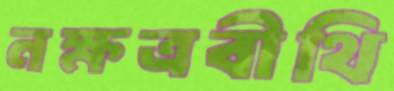
নক্ষত্রবীথি